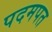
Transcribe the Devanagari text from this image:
पदमपत